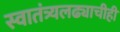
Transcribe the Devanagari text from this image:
स्वातंत्र्यलढ्याचीही